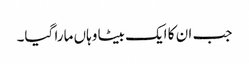
جب ان کا ایک بیٹا وہاں مارا گیا۔